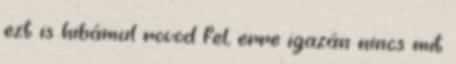
ezt is hibámul rovod fel, erre igazán nincs mit